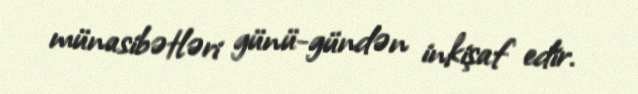
münasibətləri günü-gündən inkişaf edir.